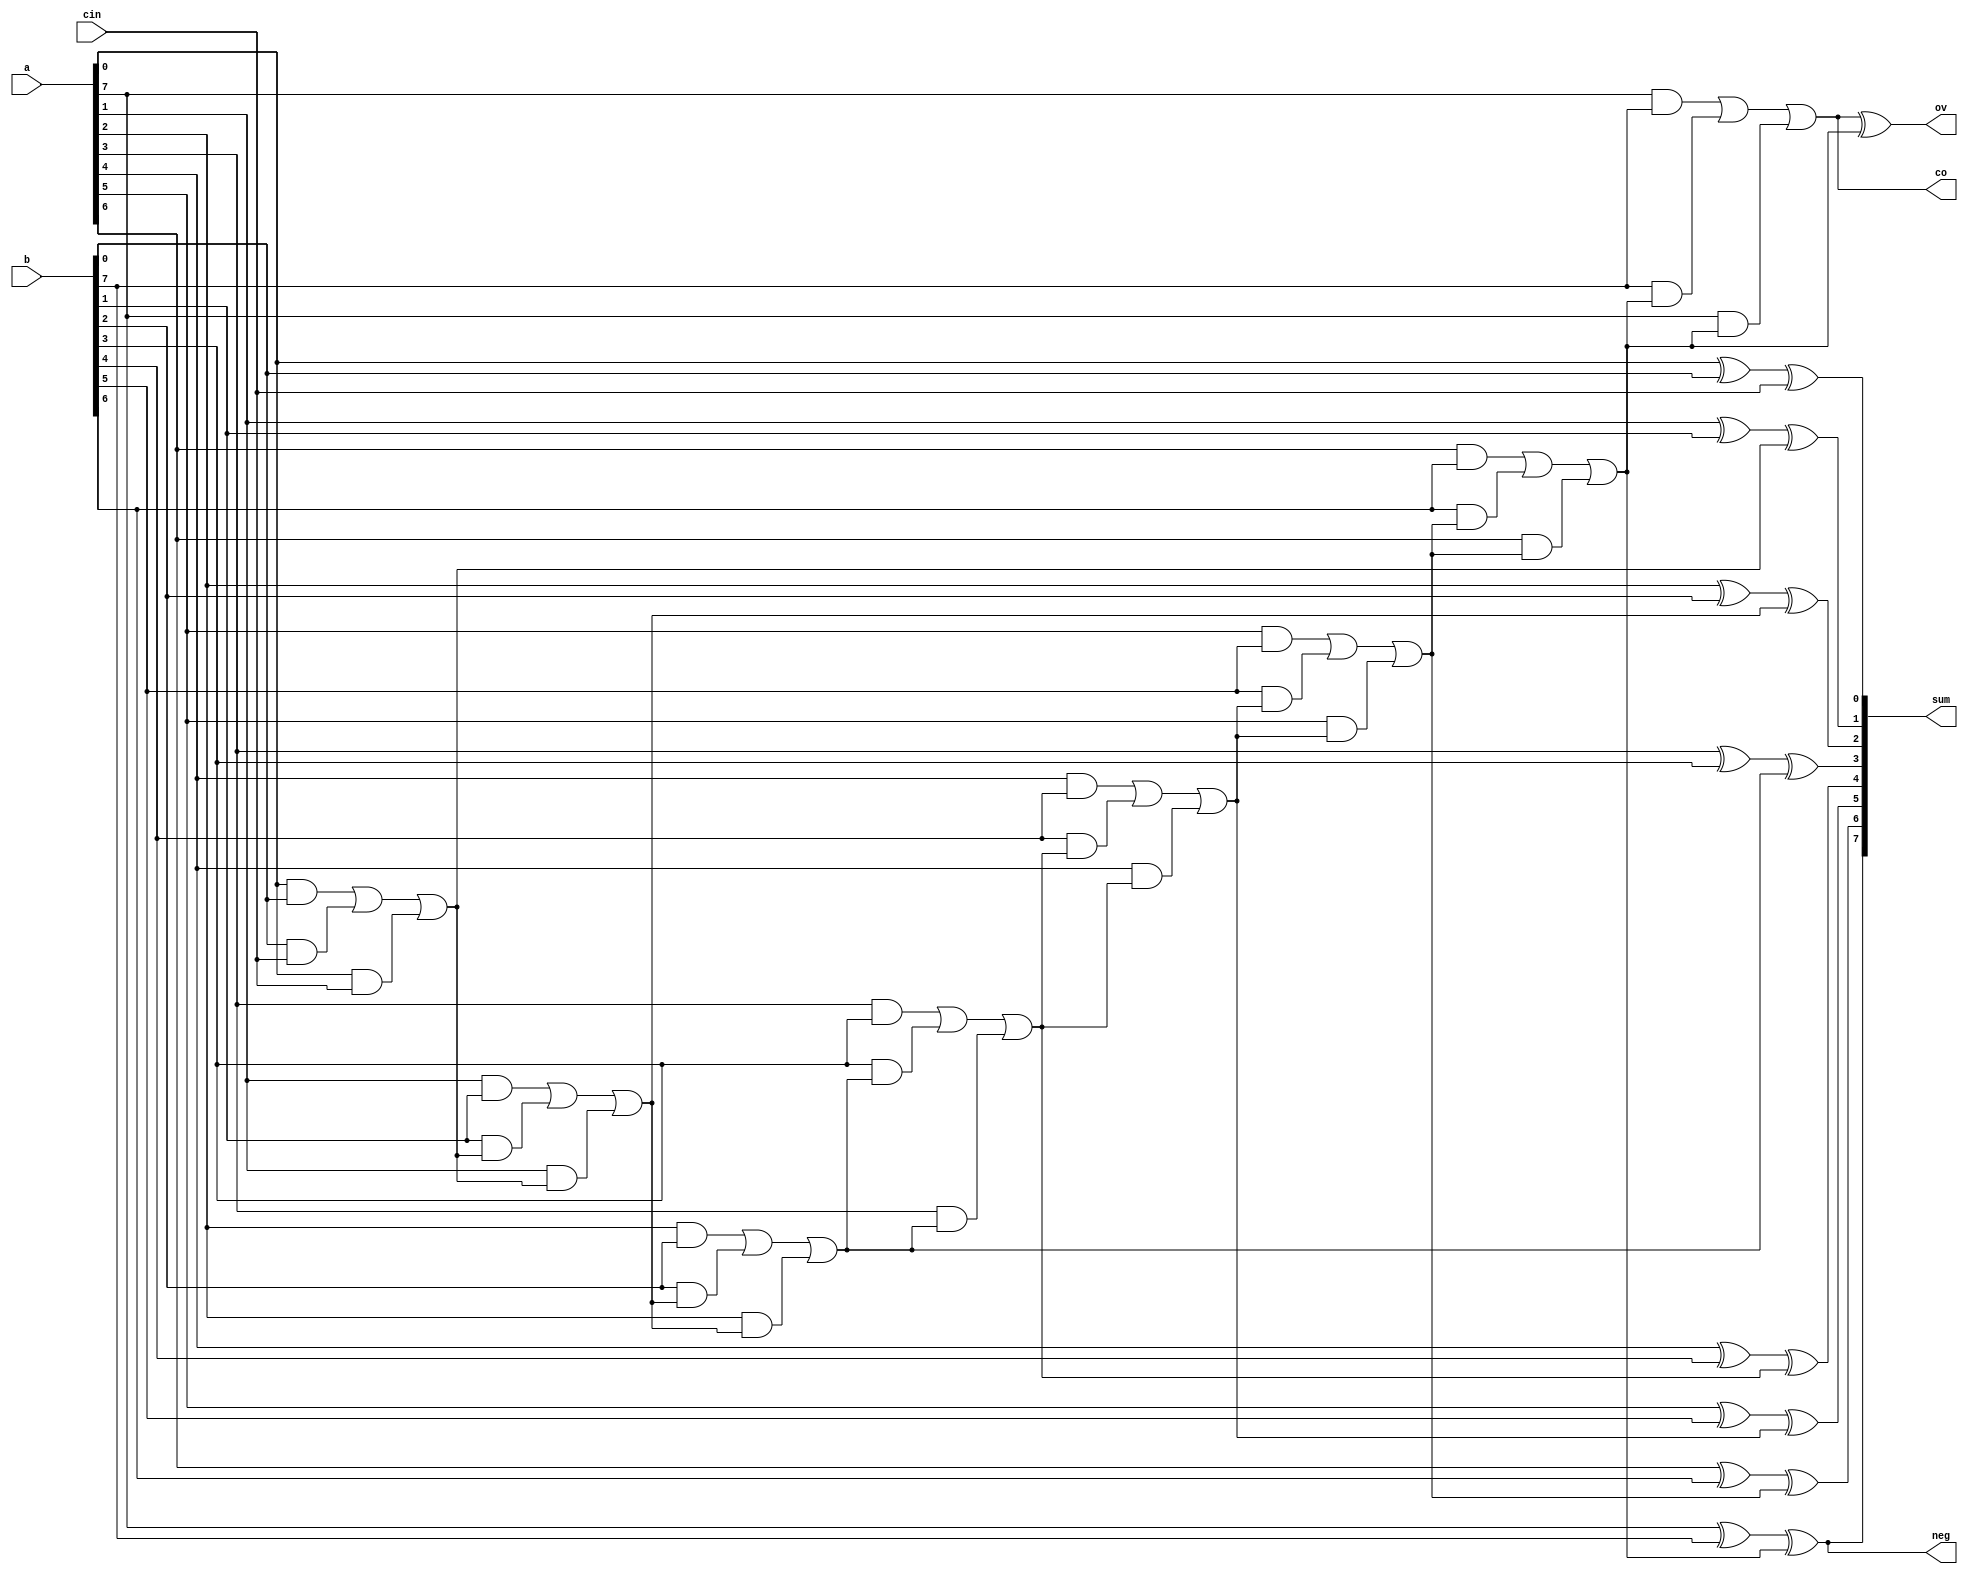
module rca
#(parameter bw = 8)
( input [bw-1:0] a, b,
input cin, output reg [bw-1:0] sum,
output reg co, neg, ov );

reg [bw-1:0] c;
generate
genvar i;
for (i = 0; i< bw; i=i+1) begin: stage
case(i)
0: begin
always @(*) begin
sum[i] = a[i] ^ b[i] ^ cin;
c[i] = a[i] & b[i] | b[i] & cin | a[i] & cin;
end
end

bw-1: begin
always @(*) begin
sum[i] = a[i] ^ b[i] ^ c[i-1];
co = a[i] & b[i] | b[i] & c[i-1] | a[i] & c[i-1];
neg = sum[i];
ov = co ^ c[i-1]; // overflow
end
end
default: begin
always @(*) begin
sum[i] = a[i] ^ b[i] ^ c[i-1];
c[i] = a[i] & b[i] | b[i] & c[i-1] | a[i] & c[i-1];
end
end
endcase
end
endgenerate
endmodule